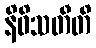
နိဝိသတီတိ